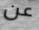
عن